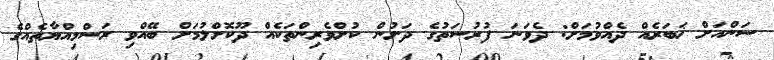
ސަންއަށް ޚަބަރެއް ދެއްވުމަށް: ދެވަނަ ފުރުސަތުގެ ދަށުން ކުށްވެރިންތަކެއް ދޫކޮށްލުމަށް ބޭއްވި ރަސްމިއްޔާތެއްގެ